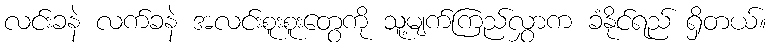
လင်းခနဲ လက်ခနဲ အလင်းစူးစူးတွေကို သူ့မျက်ကြည်လွှာက ခံနိုင်ရည် ရှိတယ်။